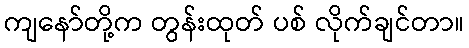
ကျနော်တို့က တွန်းထုတ် ပစ် လိုက်ချင်တာ။